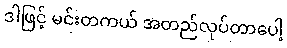
ဒါဖြင့် မင်းတကယ် အတည်လုပ်တာပေါ့